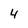
Character: 4